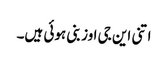
اتنی این جی اوز بنی ہوئی ہیں۔